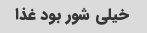
خیلی شور بود غذا